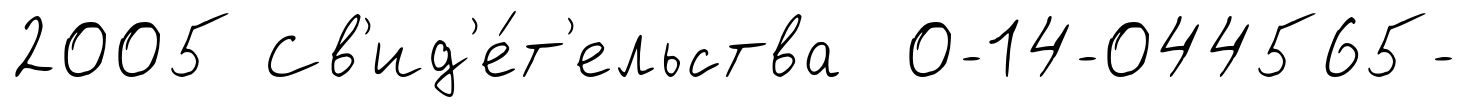
2005 Св'ид'е́т'ельства 0-14-044565-